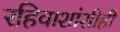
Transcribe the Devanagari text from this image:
रहिवाशांशीही